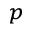
_ p